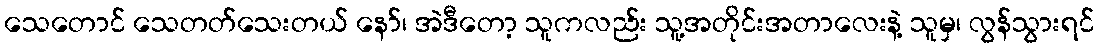
သေတောင် သေတတ်သေးတယ် နော်၊ အဲဒီတော့ သူကလည်း သူ့အတိုင်းအတာလေးနဲ့ သူမှ၊ လွန်သွားရင်